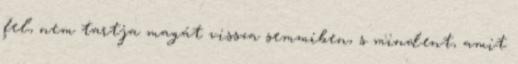
fel, nem tartja magát vissza semmiben, s mindent, amit